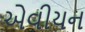
એવીયન